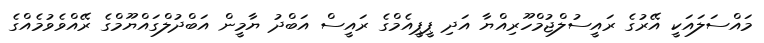
މައްސަލައަކީ އޭރުގެ ރައީސުލްޖުމްހޫރިއްޔާ އަދި ޕީޕީއެމްގެ ރައީސް އަބްދު ޔާމީން އަބްދުލްގައްޔޫމްގެ ރޭއްވެވުމެއްގެ